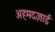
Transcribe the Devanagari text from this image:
अहमदज़ाई